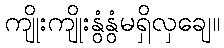
ကျိုးကျိုးနွံနွံမရှိလှချေ။